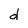
Character: d